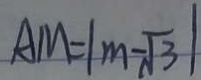
A M = \vert m - \sqrt { 3 } \vert